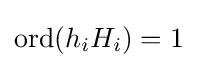
\mathrm {ord} (h_{i}H_{i})=1